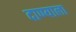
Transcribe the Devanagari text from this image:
दाण्याला